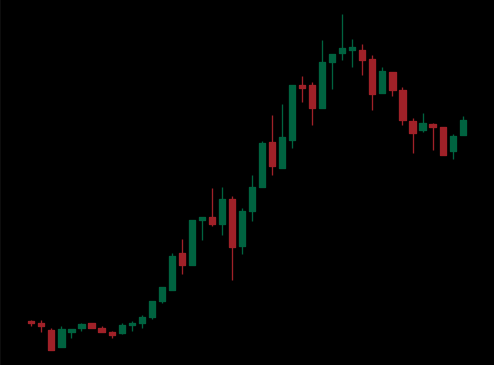
Pattern: bear_flag